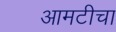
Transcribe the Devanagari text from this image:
आमटीचा